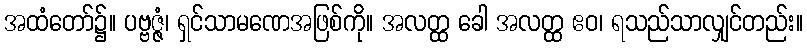
အထံတော်၌။ ပဗ္ဗဇ္ဇံ၊ ရှင်သာမဏေအဖြစ်ကို။ အလတ္ထ ခေါ အလတ္ထ ဧဝ၊ ရသည်သာလျှင်တည်း။